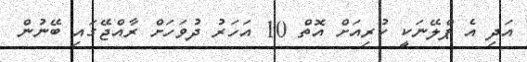
އަދި އެ ޕްލޭނަކީ ކުރިއަށް އޮތް 10 އަހަރު ދުވަހަށް ރާއްޖޭގައި ބޭނުން